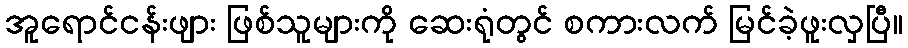
အူရောင်ငန်းဖျား ဖြစ်သူများကို ဆေးရုံတွင် စကားလက် မြင်ခဲ့ဖူးလှပြီ။